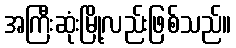
အကြီးဆုံးမြို့လည်းဖြစ်သည်။